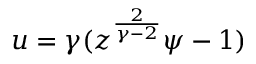
u = \gamma ( z ^ { \frac { 2 } { \gamma - 2 } } \psi - 1 )